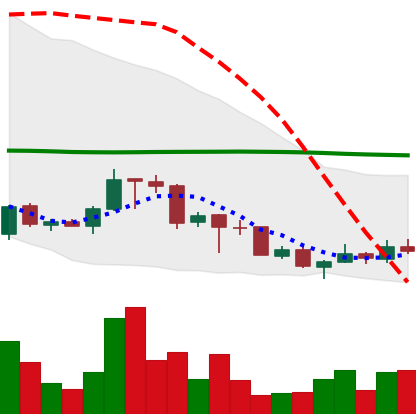
Ticker: TRX-USD
Chart end date: 2018-07-03
Forward return: -4.546%
Label: down_3_5